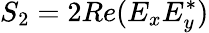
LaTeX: S_{2}=2Re(E_{x}E_{y}^{*})